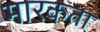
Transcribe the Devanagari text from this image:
मारकता